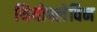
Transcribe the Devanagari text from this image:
थियोफ्लेविन